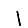
Digit: 1